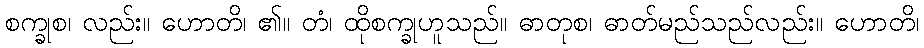
စက္ခုစ၊ လည်း။ ဟောတိ၊ ၏။ တံ၊ ထိုစက္ခုဟူသည်။ ဓာတုစ၊ ဓာတ်မည်သည်လည်း။ ဟောတိ၊